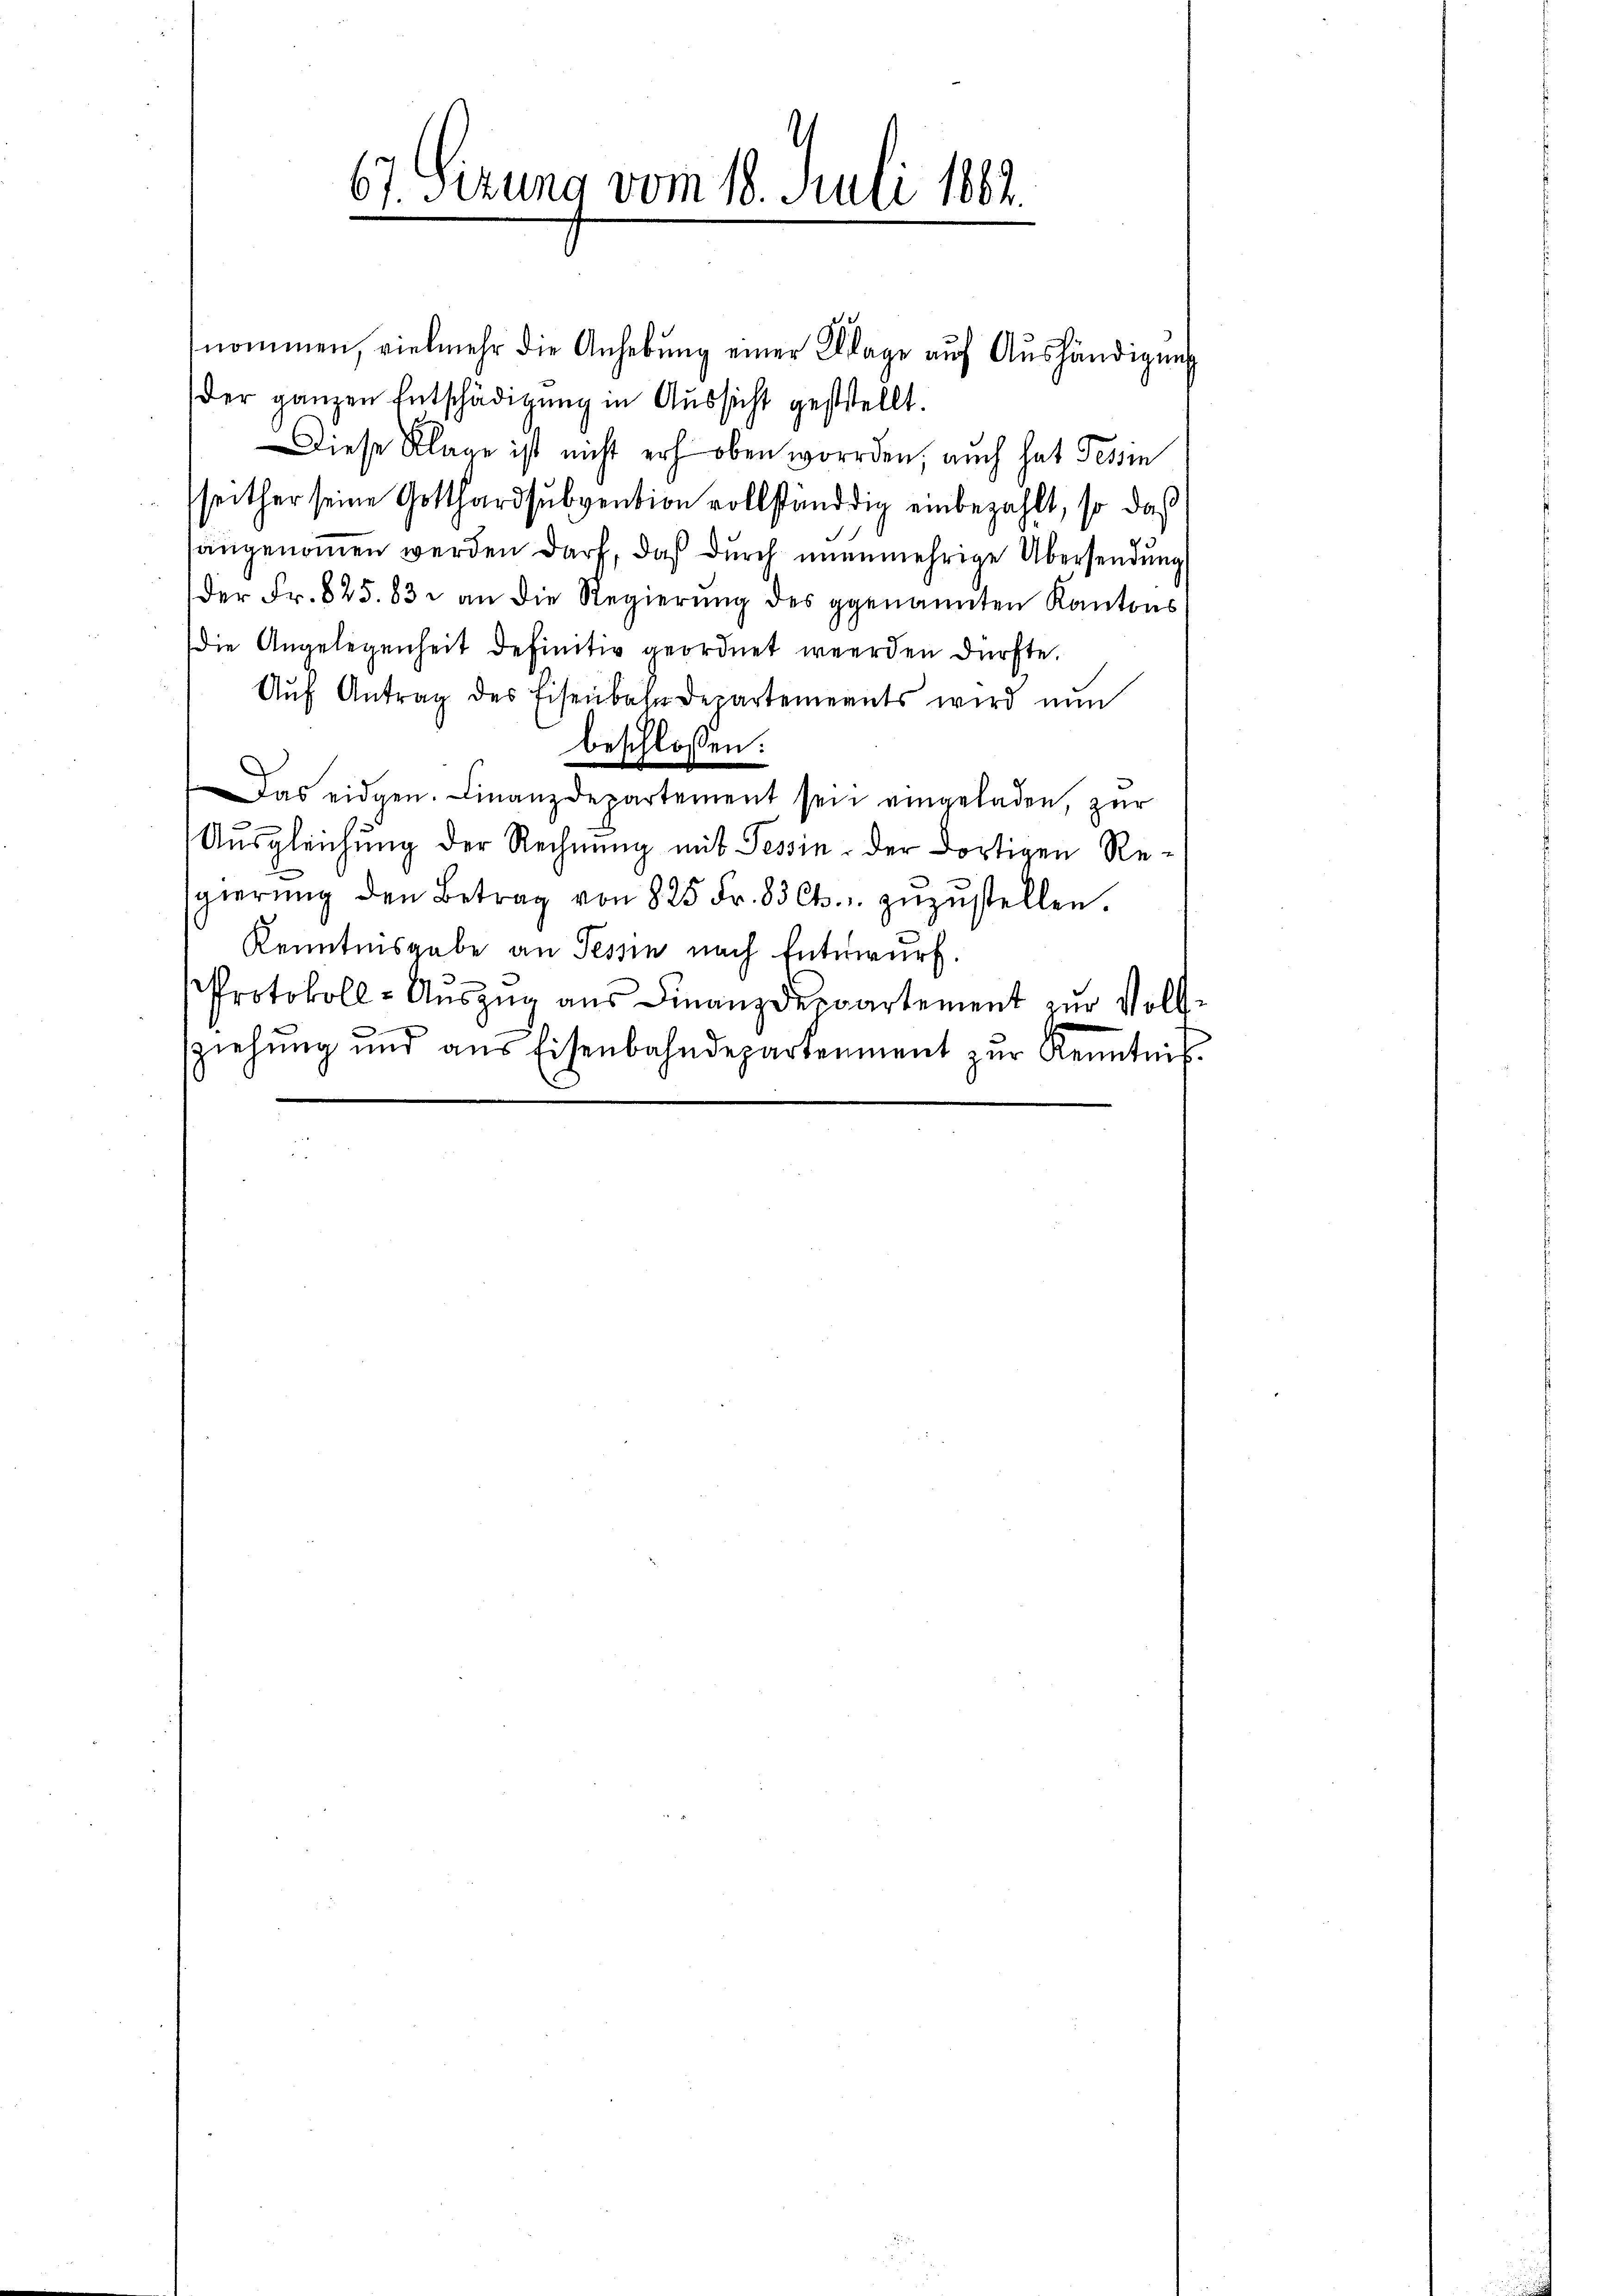
67. Sizung vom 18. Juli 1882.

nommen, vielmehr die Anhebung einer Klage auf Aushändigung
der ganzen Entschädigŭng in Aussicht geststellt.
Diese Klage ist nicht erhoben worden, auch hat Tessin
seither seine Gotthardsubvention vollständig einbezahlt, so daß
hangenommen werden darf, daß durch ununmehrige Übersendung
der Fr. 825. 83 an die Regierung des genannten Kantons
Die Angelegenheit definitiv geordnet werden dürfte.
Aŭf Antrag des Eisenbahndepartements wird nun
beschlossen:
as eidgen. Finanzdepartement sein eingeladen, zŭr
Aŭsgleichŭng der Rechnŭng mit Tessin der dortigen Re-
sgierŭng den Betrag von 825 Fr. 83 Ct. zŭzŭstellen.
Kenntnisgabe an Tessin nach Entwurf.
Protokoll-Auszug aus Finanzdepartement zur Vollziehŭng und ans Eisenbahndepartement zŭr Kenntnis-